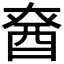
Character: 𮠡